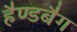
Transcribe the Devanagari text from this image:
हैण्डबैग